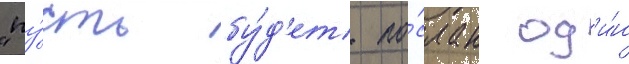
"пу́сть бу́д'ет по́слан од'и́н